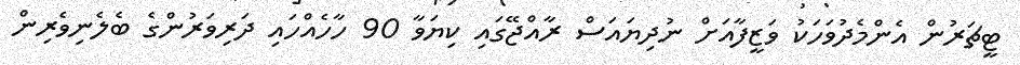
ޓީޗަރުން އެންމެދުވަހަކު ވަޒީފާއަށް ނުދިޔައަސް ރާއްޖޭގައި ކިޔަވާ 90 ހާހެއްހައި ދަރިވަރުންގެ ބެލެނިވެރިން